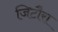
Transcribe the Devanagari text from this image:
जिटौरा